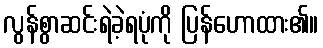
လွန်စွာဆင်းရဲခဲ့ရပုံကို ပြန်ဟောထား၏။